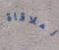
لملاقاة